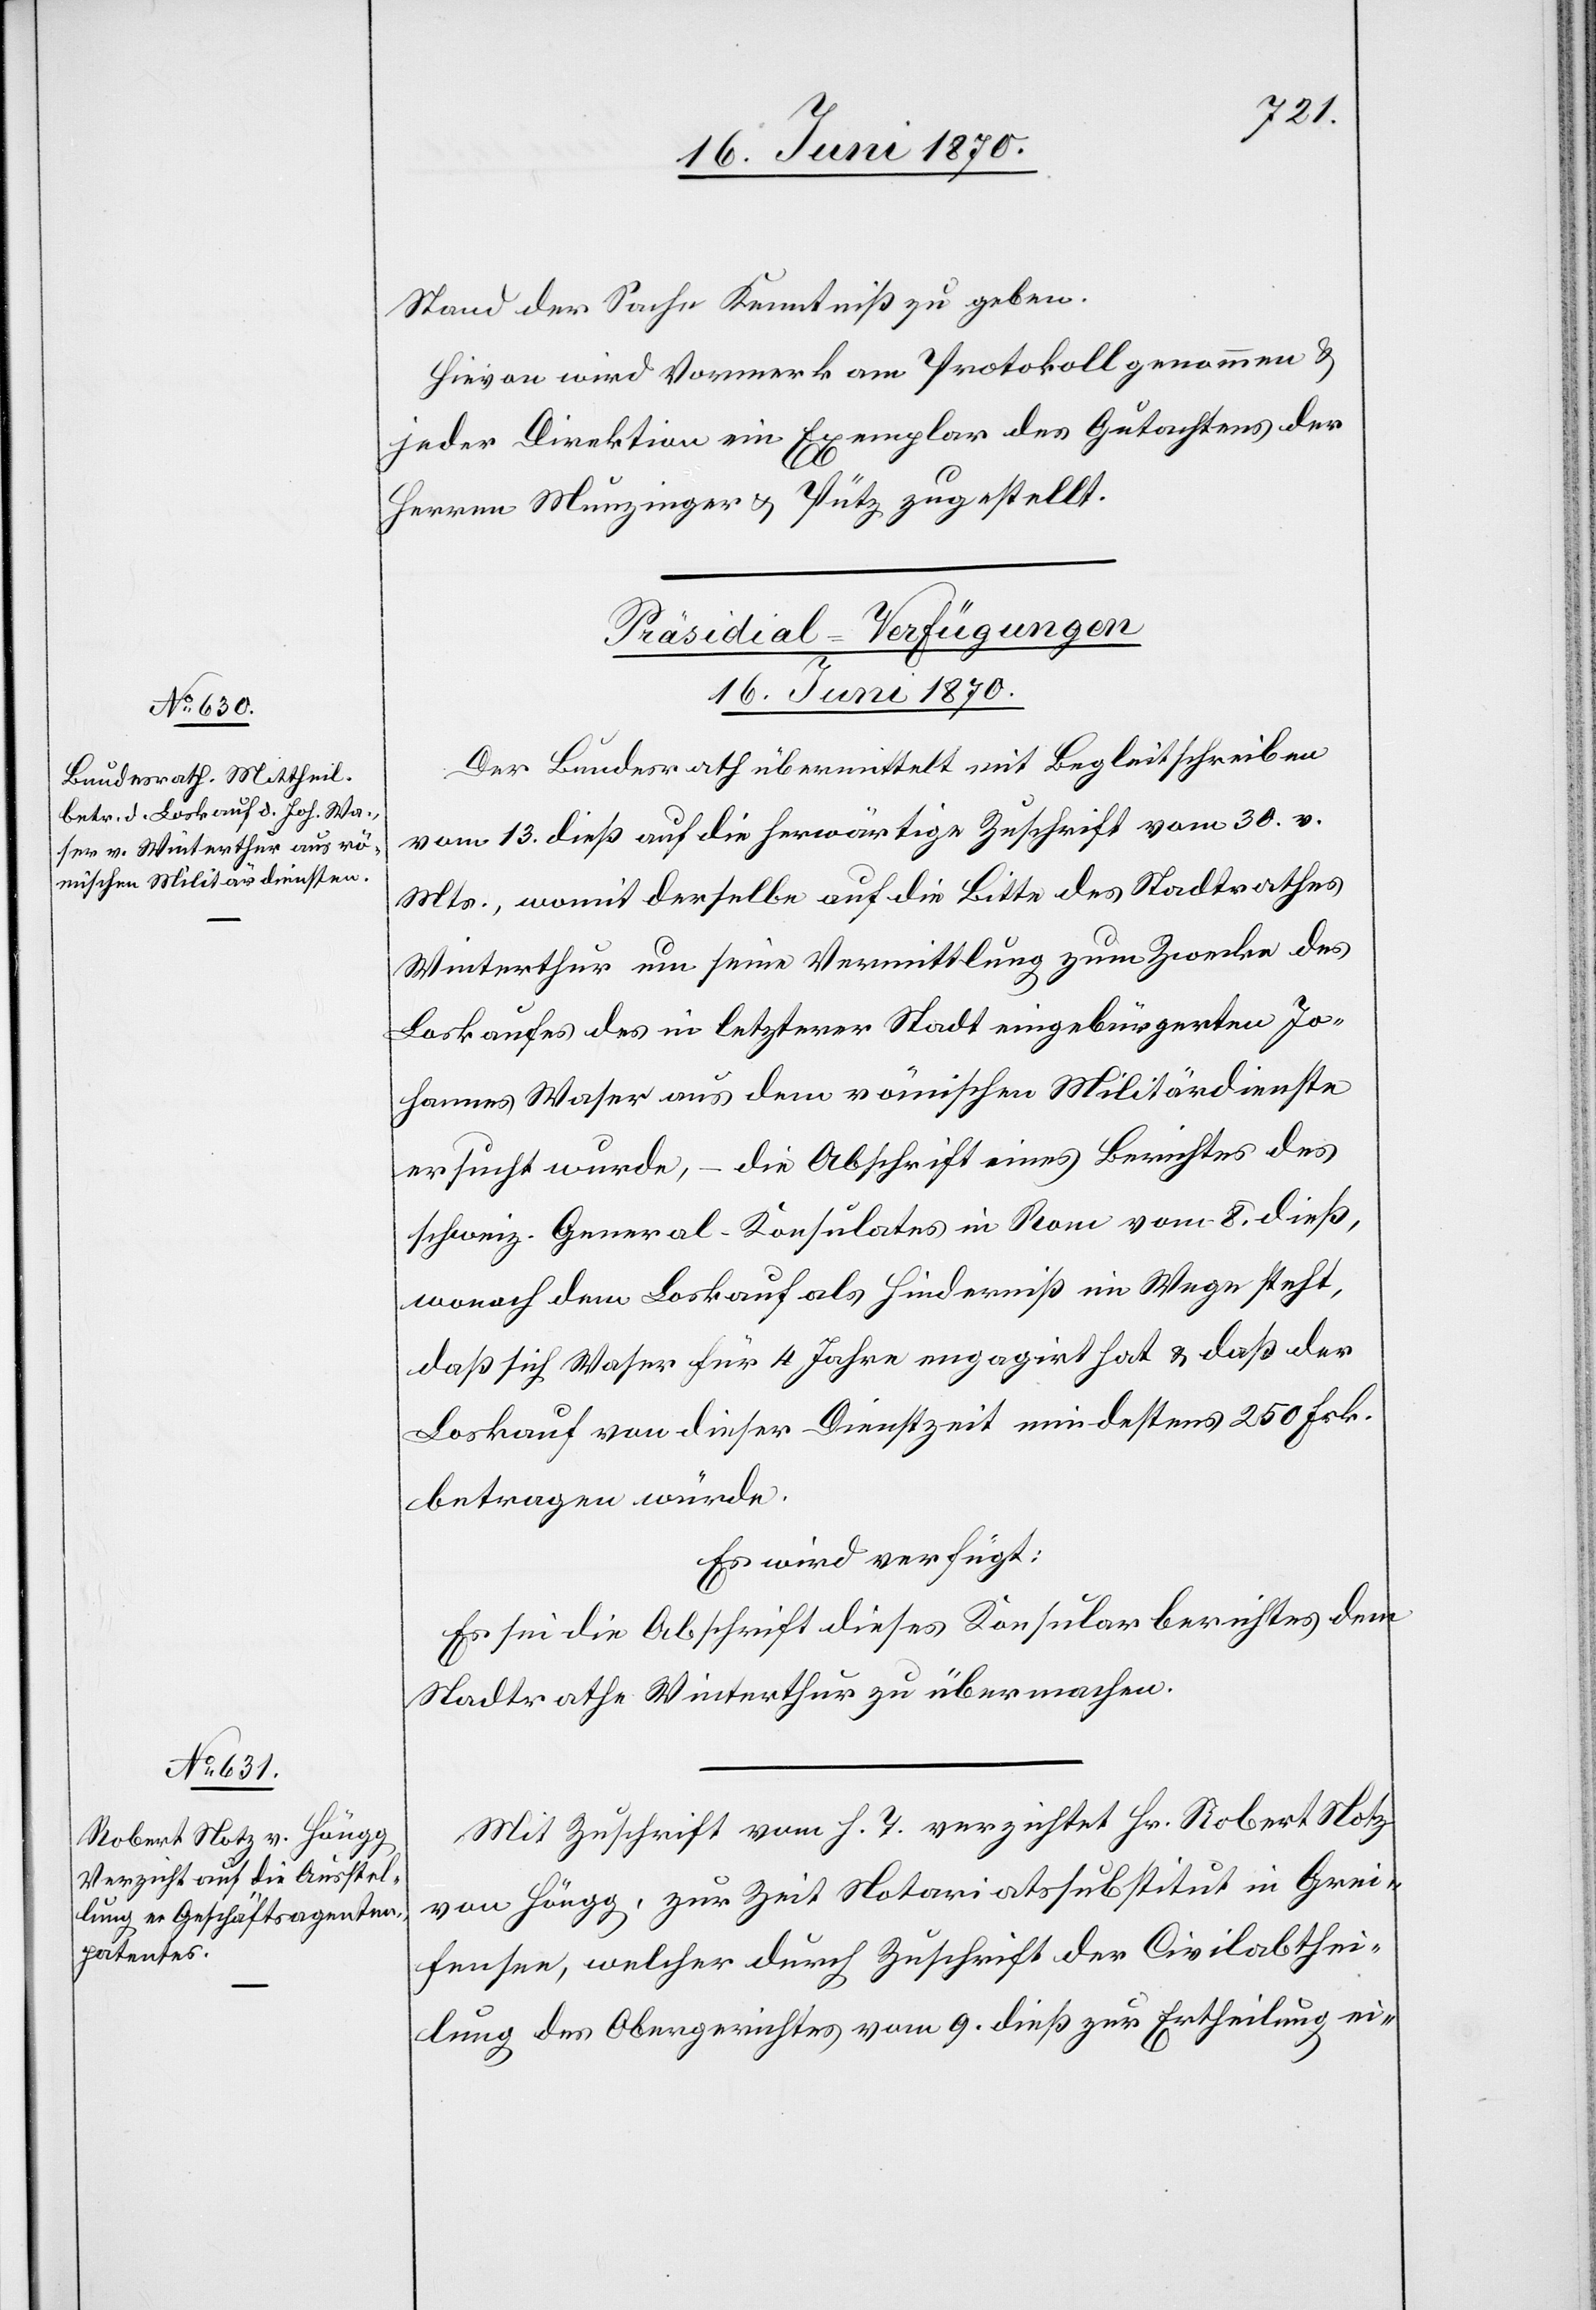
Stand der Sache Kenntniß zu geben.
Hievon wird Vormerk am Protokoll genommen &
jeder Direktion ein Exemplar des Gutachtens der
Herren Munzinger & Pütz zugestellt.
[Präsidial-Verfügungen
16. Juni 1870.]
Der Bundesrath übermittelt mit Begleitschreiben
vom 13. dieß auf die herwärtige Zuschrift vom 30. v.
Mts., womit derselbe auf die Bitte des Stadtrathes
Winterthur um seine Vermittlung zum Zwecke des
Loskaufes des in letzterer Stadt eingebürgerten Jo¬
hannes Waser aus dem römischen Militärdienste
ersucht wurde, – die Abschrift eines Berichtes des
schweiz. General-Konsulates in Rom vom 8. dieß,
wonach dem Loskauf als Hinderniß im Wege steht,
daß sich Waser für 4 Jahre engagirt hat & daß der
Loskauf von dieser Dienstzeit mindestens 250 Frk.
betragen würde.
Es wird verfügt:
Es sei die Abschrift dieses Konsularberichtes dem
Stadtrathe Winterthur zu übermachen.
Mit Zuschrift vom h. T. verzichtet Hr. Robert Notz
von Höngg, zur Zeit Notariatssubstitut in Grei¬
fensee, welcher durch Zuschrift der Civilabthei¬
lung des Obergerichtes vom 9. dieß zur Ertheilung ei-